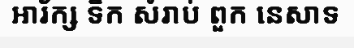
អារ័ក្ស ទឹក សំរាប់ ពួក នេសាទ